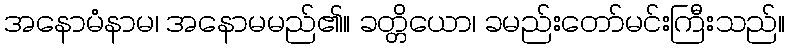
အနောမံနာမ၊ အနောမမည်၏။ ခတ္တိယော၊ ခမည်းတော်မင်းကြီးသည်။